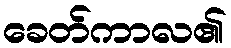
ခေတ်ကာလ၏